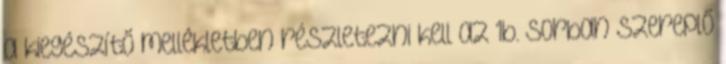
a kiegészítő mellékletben részletezni kell az 1b. sorban szereplő